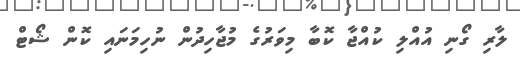
ލާރި ގޯނި އުއްލި ކުއްޖާ ކޮބާ މިވަރުގެ މުޖާހިދުން ނުހިމަނައި ކޮން ޝޯޓް